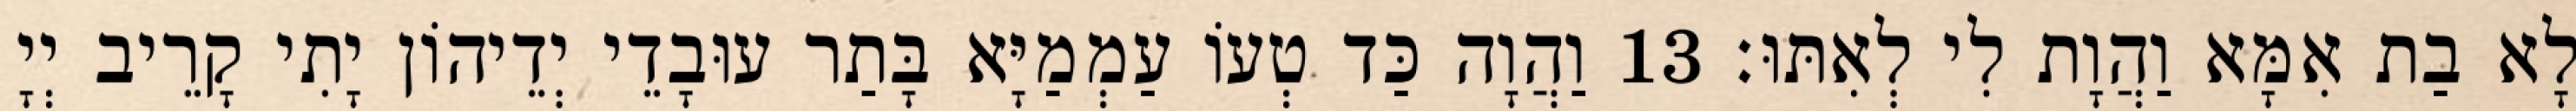
לָא בַת אִמָּא וַהֲוָת לִי לְאִתּוּ׃ 13 וַהֲוָה כַּד טְעוֹ עַמְמַיָּא בָּתַר עוּבָדֵי יְדֵיהוֹן יָתִי קָרֵיב יְיָ